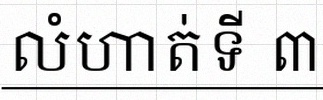
លំហាត់ទី ៣